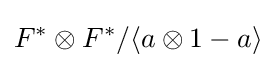
F^{*}\otimes F^{*}/\langle a\otimes 1-a\rangle